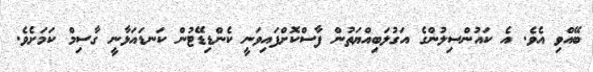
ބޭއްވި އެވެ. އެ ކައުންސިލުންގެ އަގުލަބިއްޔަތުން ފާސްކޮށްފައިވަނީ ކެންޑިޑޭޓުން ކަނޑައަޅާނީ ގާސިމް ކަމަށެވެ.